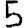
Digit: 5